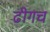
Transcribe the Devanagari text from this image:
ढीगच